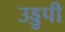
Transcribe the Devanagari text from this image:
उड्डुपी